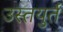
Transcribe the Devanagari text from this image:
उस्तयुर्त